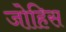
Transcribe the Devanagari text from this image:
जोहिस